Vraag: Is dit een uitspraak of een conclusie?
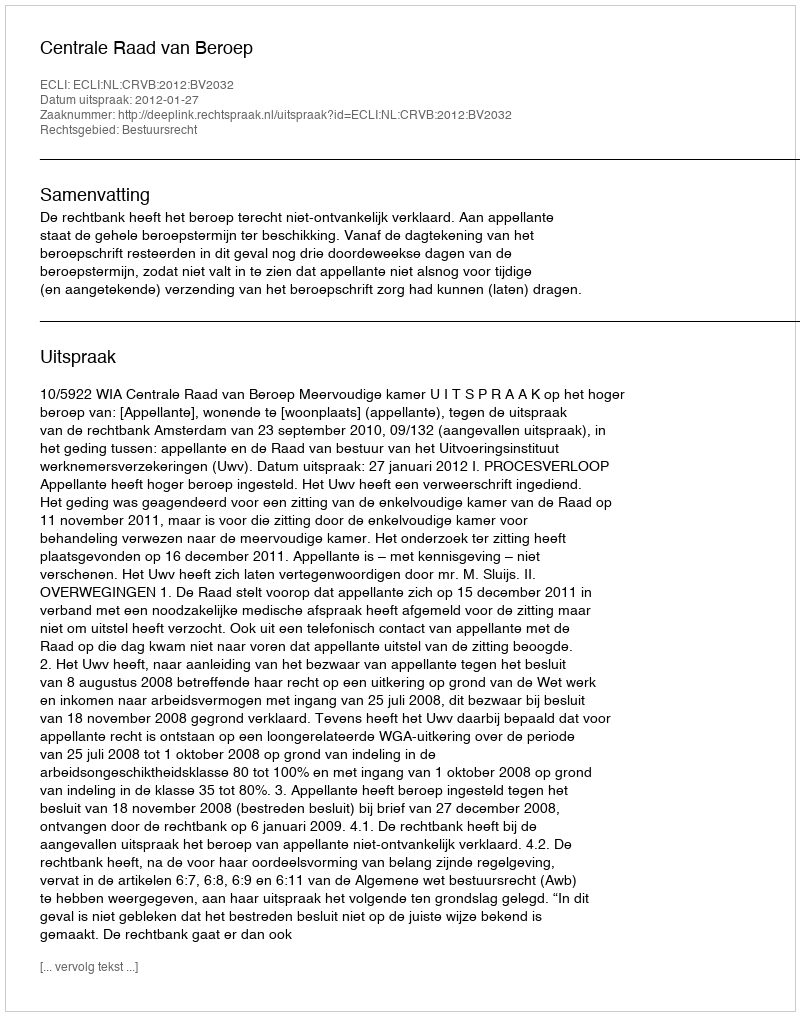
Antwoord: Uitspraak